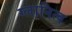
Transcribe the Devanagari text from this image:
ग्लानित्व